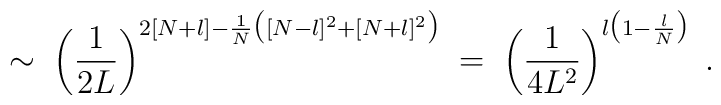
\sim \; \left( \frac{1}{2L}\right)^{2[N+l] - \frac{1}{N}\big([N-l]^2 + [N+l]^2\big) } \; = \;\left( \frac{1}{4L^2}\right)^{l\big(1-\frac{l}{N}\big)} \; .